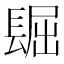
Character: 镼